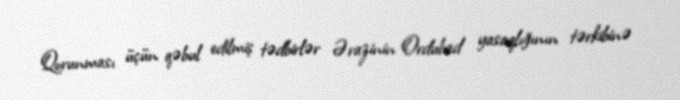
Qorunması üçün qəbul edilmiş tədbirlər Ərazinin Ordubad yasaqlığının tərkibinə